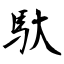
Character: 馱